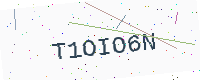
Text: T1OIO6N